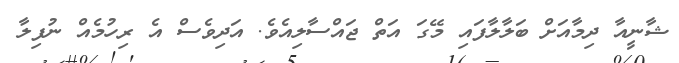
ޝާނީއާ ދިމާއަށް ބަލާލާފައި މޭގަ އަތް ޖައްސާލިއެވެ. އަދިވެސް އެ ރިހުމެއް ނުފިލާ